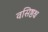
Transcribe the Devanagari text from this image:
वसिष्ठश्च